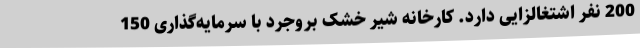
200 نفر اشتغالزایی دارد. کارخانه شیر خشک بروجرد با سرمایه‌گذاری 150